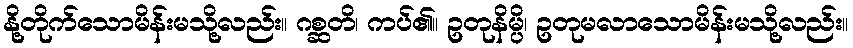
နို့တိုက်သောမိန်းမသို့လည်း။ ဂစ္ဆတိ၊ ကပ်၏။ ဥတုနိမ္ပိ၊ ဥတုမလာသောမိန်းမသို့လည်း။